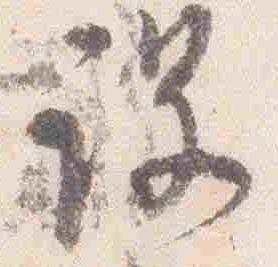
没